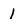
Character: 1